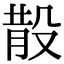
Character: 𣪚